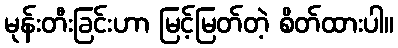
မုန်းတီးခြင်းဟာ မြင့်မြတ်တဲ့ စိတ်ထားပါ။